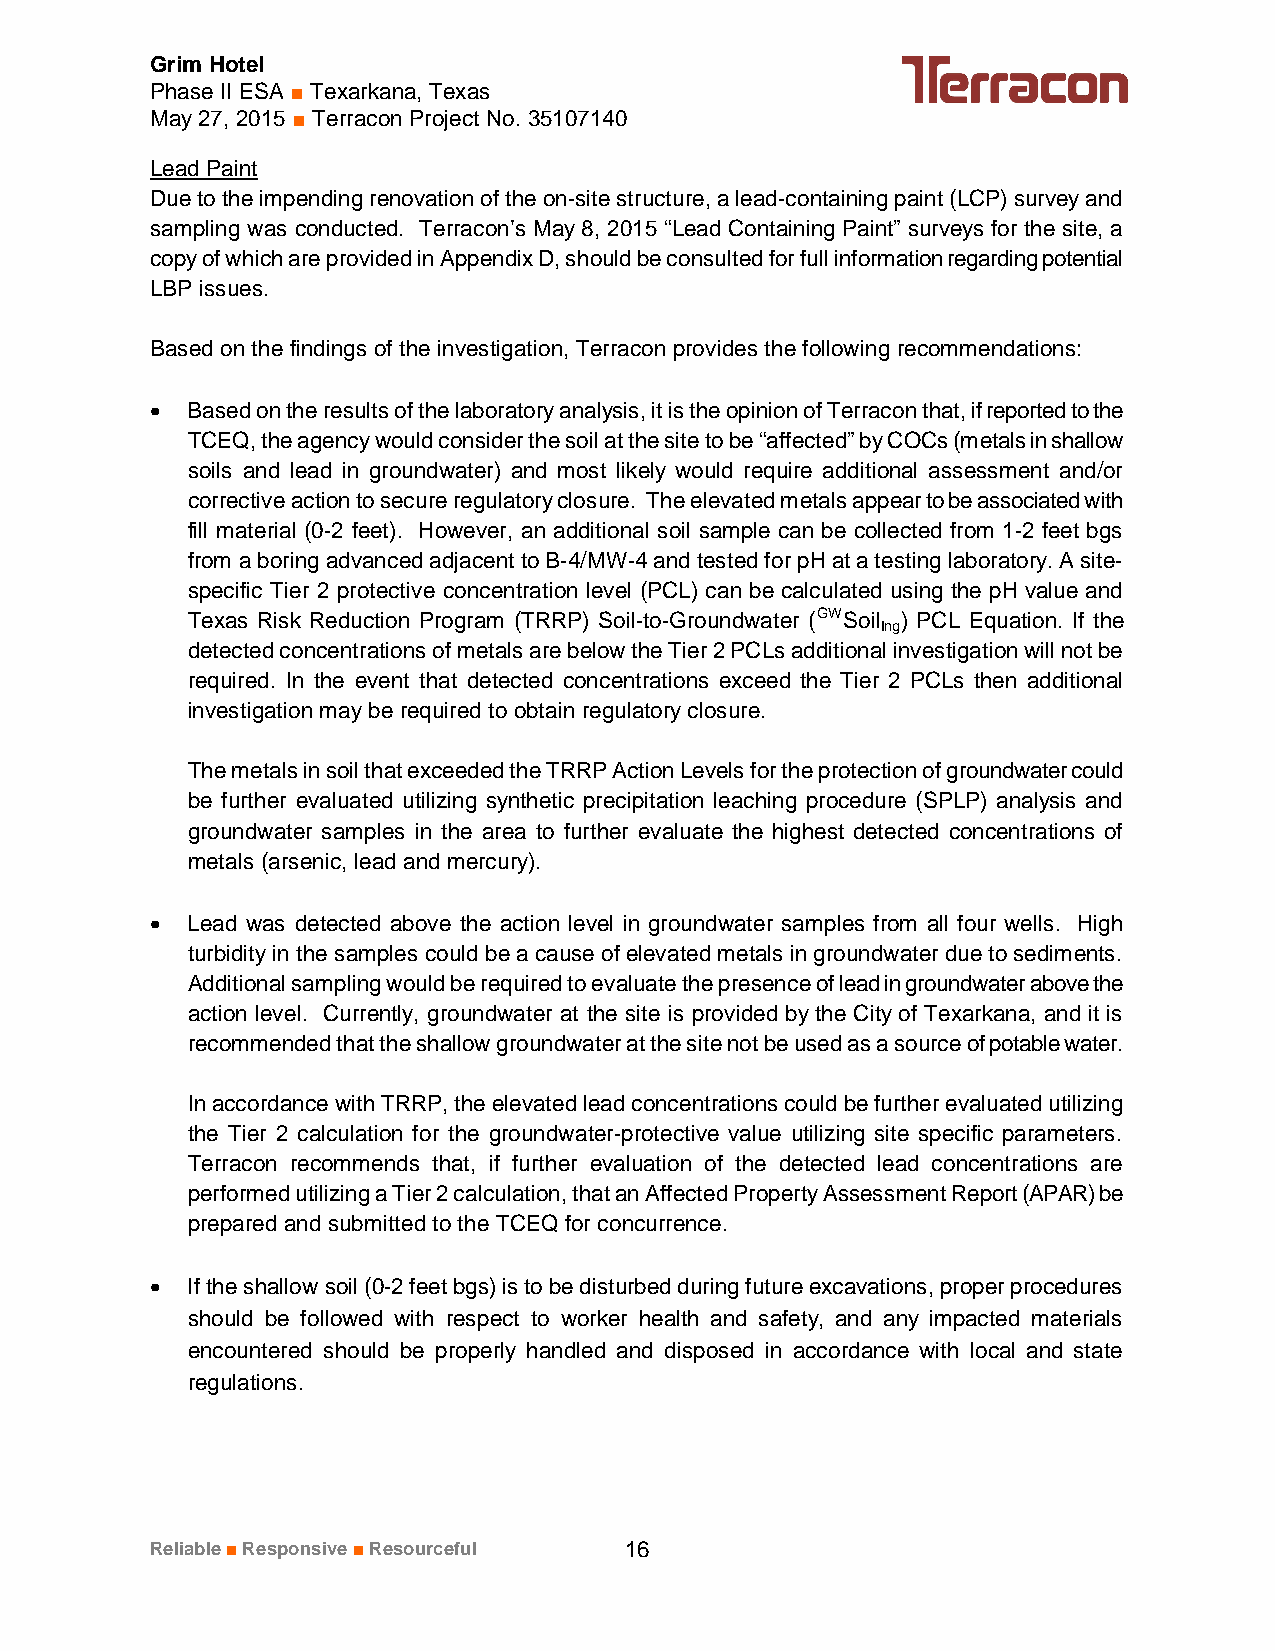
Grim Hotel
 Phase II ESA ■ Texarkana, Texas
 May 27, 2015 ■ Terracon Project No. 35107140
 Lead Paint
 Due to the impending renovation of the on-site structure, a lead-containing paint (LCP) survey and
 sampling was conducted. Terracon’s May 8, 2015 “Lead Containing Paint” surveys for the site, a
 copy of which are provided in Appendix D, should be consulted for full information regarding potential
 LBP issues.
 Based on the findings of the investigation, Terracon provides the following recommendations:
 · Based on the results of the laboratory analysis, it is the opinion of Terracon that, if reported to the
 TCEQ, the agency would consider the soil at the site to be “affected” by COCs (metals in shallow
 soils and lead in groundwater) and most likely would require additional assessment and/or
 corrective action to secure regulatory closure. The elevated metals appear to be associated with
 fill material (0-2 feet). However, an additional soil sample can be collected from 1-2 feet bgs
 from a boring advanced adjacent to B-4/MW-4 and tested for pH at a testing laboratory. A site-
 specific Tier 2 protective concentration level (PCL) can be calculated using the pH value and
 Texas Risk Reduction Program (TRRP) Soil-to-Groundwater (GWSoil ) PCL Equation. If the
 Ing
 detected concentrations of metals are below the Tier 2 PCLs additional investigation will not be
 required. In the event that detected concentrations exceed the Tier 2 PCLs then additional
 investigation may be required to obtain regulatory closure.
 The metals in soil that exceeded the TRRP Action Levels for the protection of groundwater could
 be further evaluated utilizing synthetic precipitation leaching procedure (SPLP) analysis and
 groundwater samples in the area to further evaluate the highest detected concentrations of
 metals (arsenic, lead and mercury).
 · Lead was detected above the action level in groundwater samples from all four wells. High
 turbidity in the samples could be a cause of elevated metals in groundwater due to sediments.
 Additional sampling would be required to evaluate the presence of lead in groundwater above the
 action level. Currently, groundwater at the site is provided by the City of Texarkana, and it is
 recommended that the shallow groundwater at the site not be used as a source of potable water.
 In accordance with TRRP, the elevated lead concentrations could be further evaluated utilizing
 the Tier 2 calculation for the groundwater-protective value utilizing site specific parameters.
 Terracon recommends that, if further evaluation of the detected lead concentrations are
 performed utilizing a Tier 2 calculation, that an Affected Property Assessment Report (APAR) be
 prepared and submitted to the TCEQ for concurrence.
 · If the shallow soil (0-2 feet bgs) is to be disturbed during future excavations, proper procedures
 should be followed with respect to worker health and safety, and any impacted materials
 encountered should be properly handled and disposed in accordance with local and state
 regulations.
 Reliable■Responsive■Resourceful 16